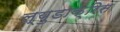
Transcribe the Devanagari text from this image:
ल्युडाक्रिस